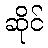
ဆိုင်